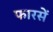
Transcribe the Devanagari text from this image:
फारसें